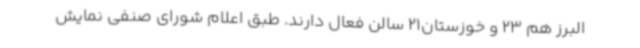
البرز هم 23 و خوزستان21 سالن فعال دارند. طبق اعلام شورای صنفی نمایش